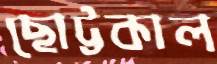
ছোট্টকাল